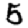
Digit: 5